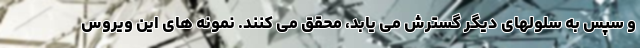
و سپس به سلولهای دیگر گسترش می یابد، محقق می کنند. نمونه های این ویروس